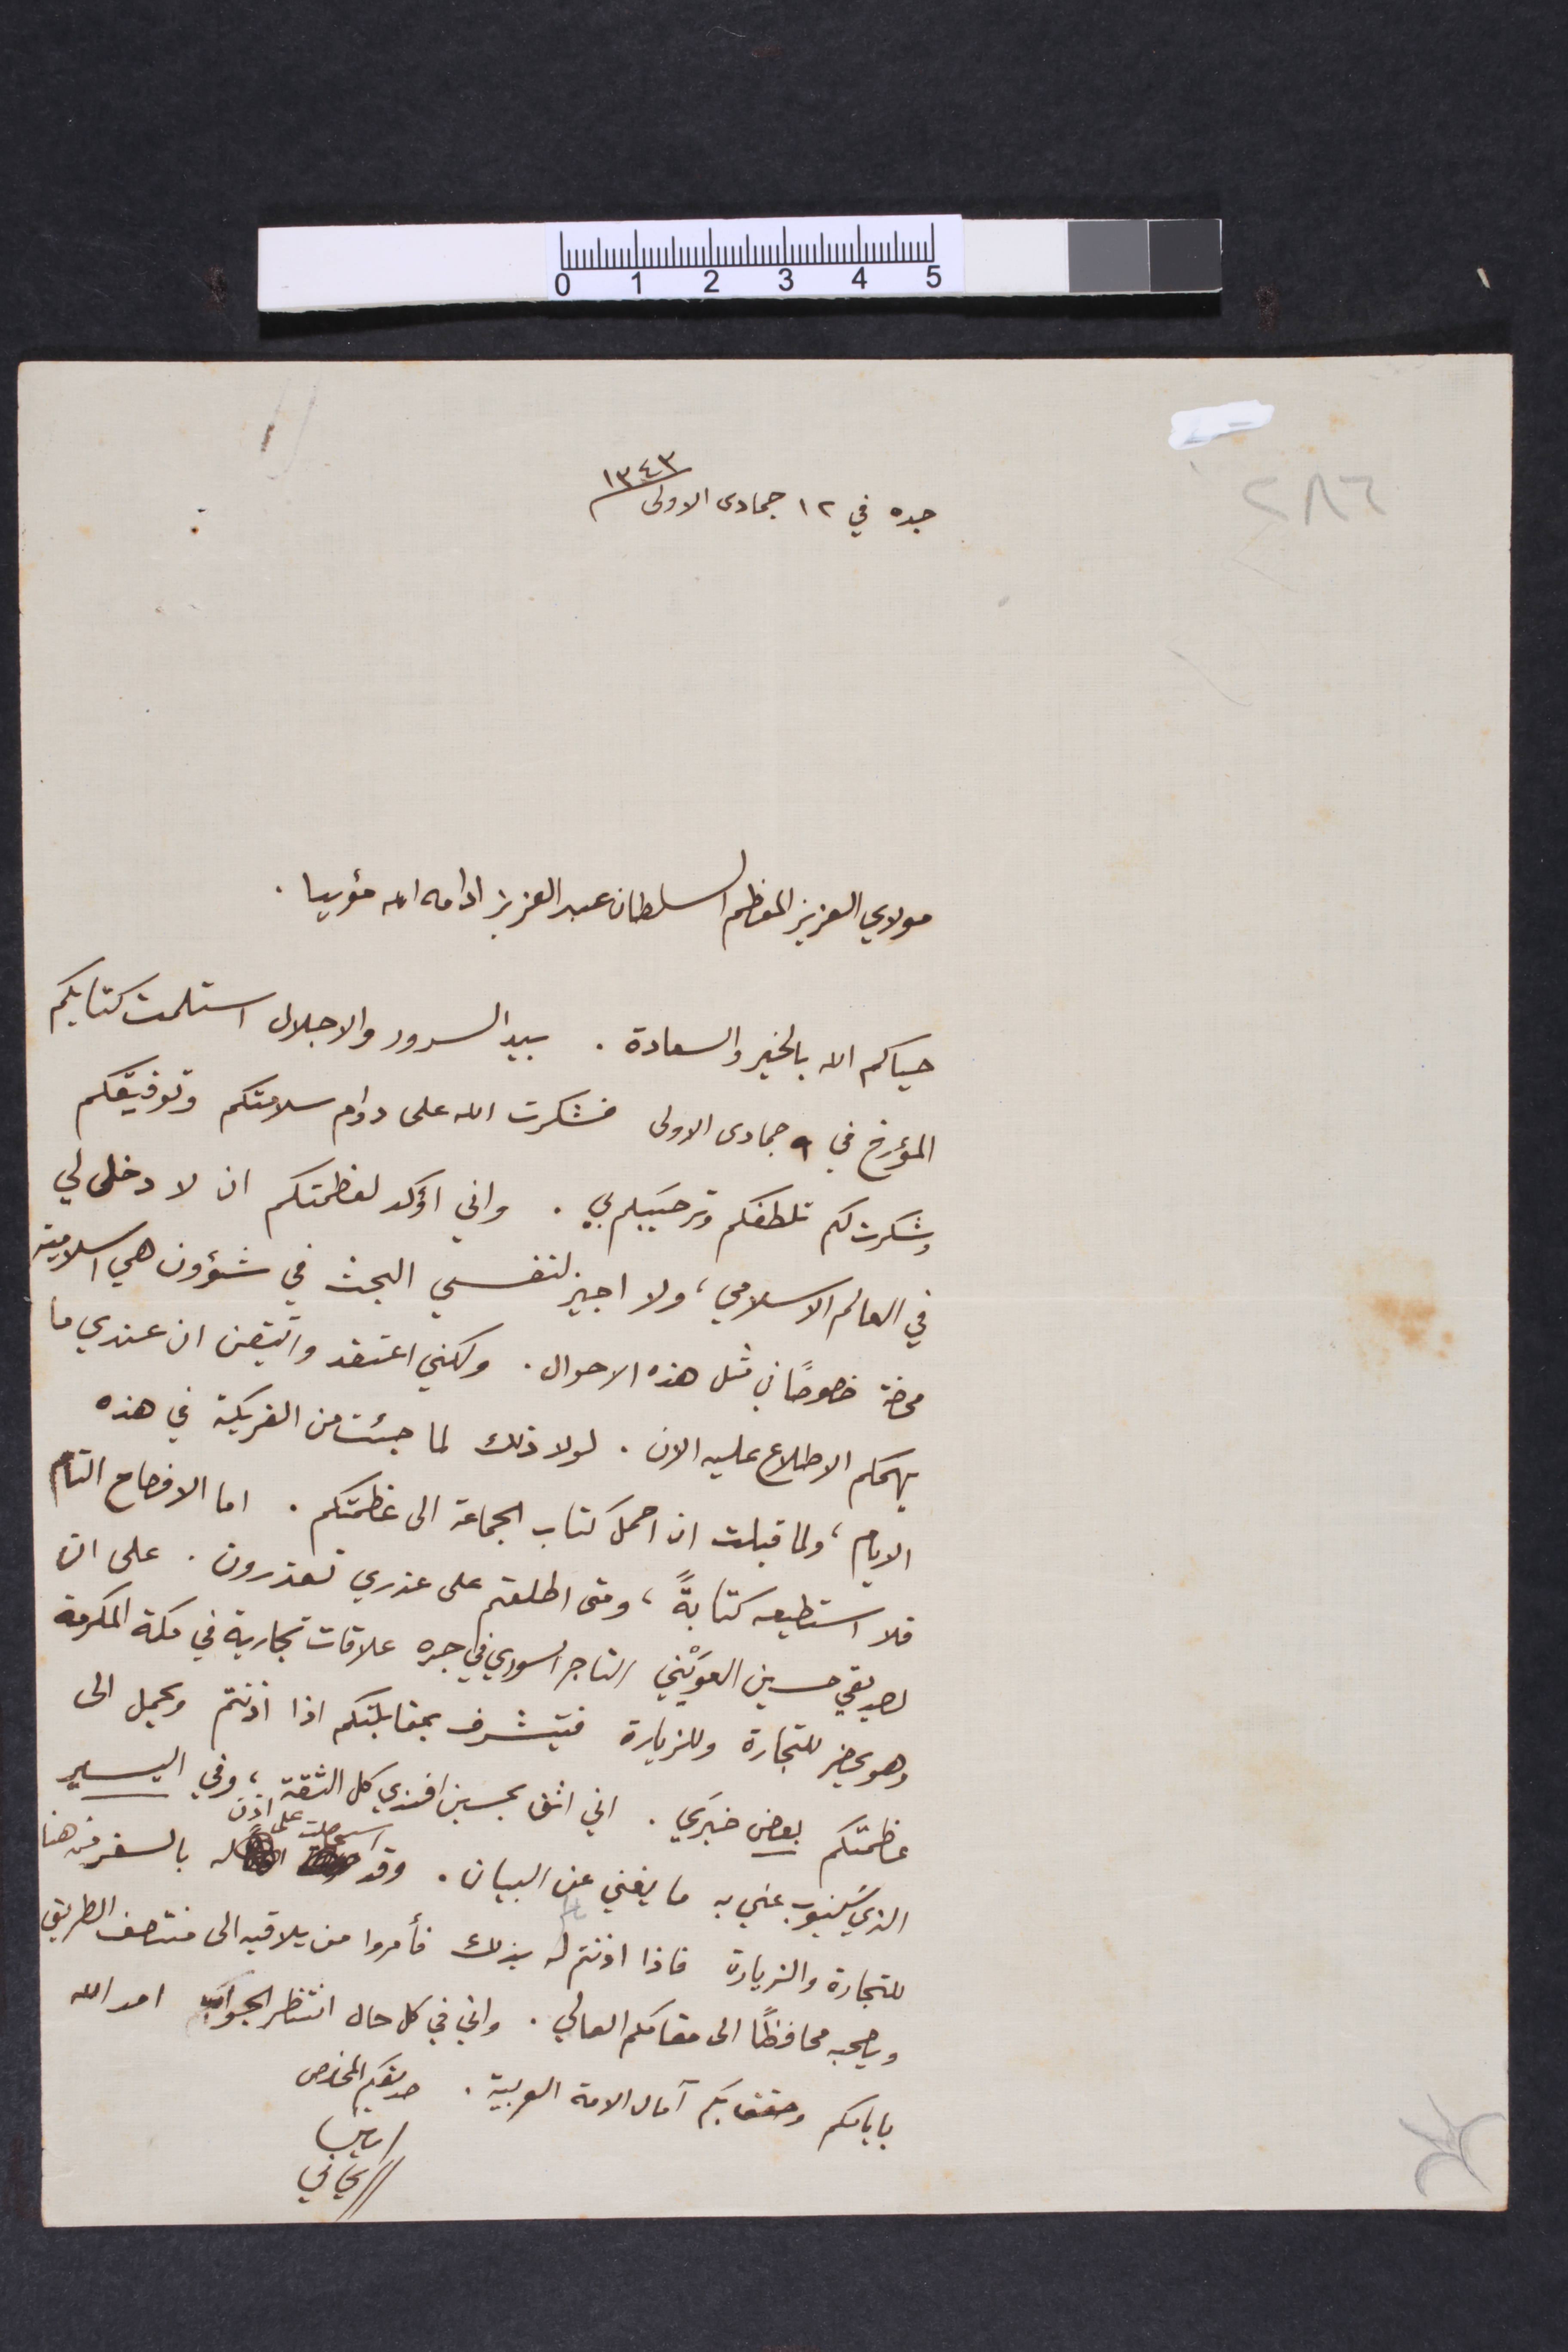
جده في ١٢ جمادى الاولى ١٣٤٣
مولاي العزيز المعظم السلطان عبد العزيز ادامه الله مؤبدا.
حياكم الله بالخير والسعادة. بيد السرور والاجلال استلمت كتابكم
المؤرخ في ٩ جمادى الاولى فشكرت الله على دوام سلامتكم وتوفيقكم
وشكرت لكم تلطفكم وترحيبكم بي. واني أؤكد لعظمتكم ان لا دخل لي
في العالم الاسلامي، ولا اجيز لنفسي البحث في شؤون هي اسلامية
محضة خصوصاً في مثل هذه الاحوال. ولكني اعتقد واتيقن ان عندي ما
يهمكم الاطلاع عليه الان. لولا ذلك لما جئت من الفريكة في هذه
الايام، ولما قبلت ان احمل كتاب الجماعة الى عظمتكم. اما الافصاح التام
فلا استطيعه كتابةً، ومتى اطلعتم على عذري تعذرون. على ان
لصديقي حسين العوَيْني التاجر السوري في جده علاقات تجارية في مكة المكرمة
وهو يحضر للتجارة وللزيارة فيتشرف بمقابلتكم اذا اذنتم ويحمل الى
عظمتكم بعض خبَري. اني اثق بحسين افندي كل الثقة، وفي اليسير
الذي سَينوب عني به ما يغني عن البيان. وقد اسحصلت على اذن بالسفر من هنا
للتجارة والزيارة فاذا اذنتم له بذلك فأمروا من يلاقيه الى منتصف الطريق
ويصحبه محافظاً الى مقامكم العالي. واني في كل حال انتظر الجواب امد الله
بايامكم وحقق بكم آمال الامة العربية. صديقكم المخلص
امين الريحاني